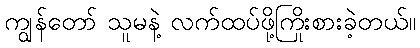
ကျွန်တော် သူမနဲ့ လက်ထပ်ဖို့ကြိုးစားခဲ့တယ်။